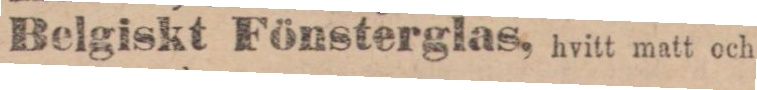
Belgiskt Fönsterglas, hvitt matt och